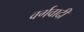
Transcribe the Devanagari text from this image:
वर्गवादी